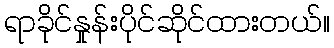
ရာခိုင်နှုန်းပိုင်ဆိုင်ထားတယ်။